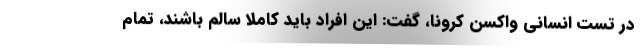
در تست انسانی واکسن کرونا، گفت: این افراد باید کاملا سالم باشند، تمام